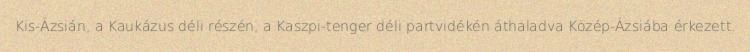
Kis-Ázsián, a Kaukázus déli részén, a Kaszpi-tenger déli partvidékén áthaladva Közép-Ázsiába érkezett.